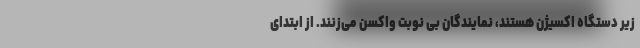
زیر دستگاه اکسیژن هستند، نمایندگان بی نوبت واکسن می‌زنند. از ابتدای